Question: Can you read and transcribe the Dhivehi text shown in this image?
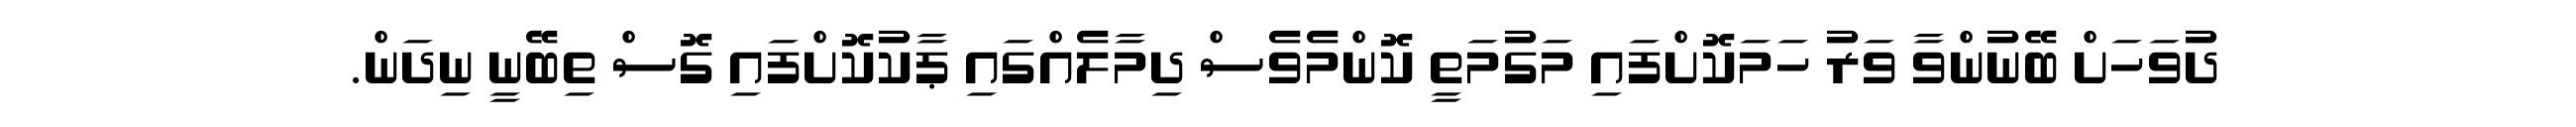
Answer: ދުވަހަށް ބޭނުންވާ ވަރު ހަމަކޮށްފައި މަގުމަތީ ކޮންމެވެސް ދިމާލެއްގައި ޕާކުކޮށްފައި ގޮސް ތިބޭނީ ނިދަން.